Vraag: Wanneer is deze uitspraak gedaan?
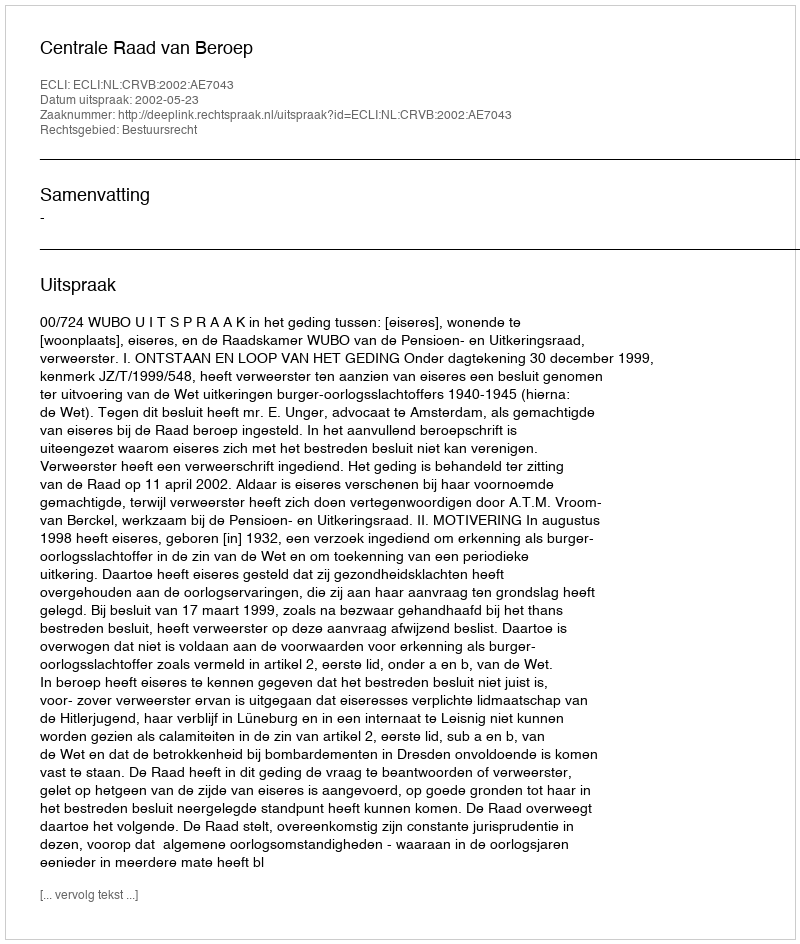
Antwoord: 2002-05-23